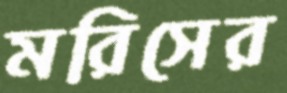
মরিসের